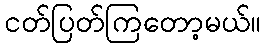
ငတ်ပြတ်ကြတော့မယ်။